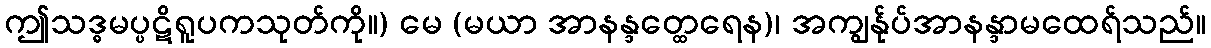
ဤသဒ္ဓမပ္ပဋိရူပကသုတ်ကို။) မေ (မယာ အာနန္ဒတ္ထေရေန)၊ အကျွန်ုပ်အာနန္ဒာမထေရ်သည်။